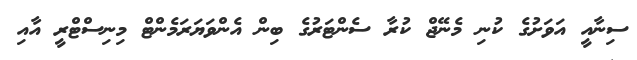
ސިނާއީ އަވަށުގެ ކުނި މެނޭޖް ކުރާ ސެންޓަރުގެ ބިން އެންވަޔަރަމެންޓް މިނިސްޓްރީ އާއި